Annual administration report of the Civil Veterinary Department of India - 1893-1894
Year: 1893
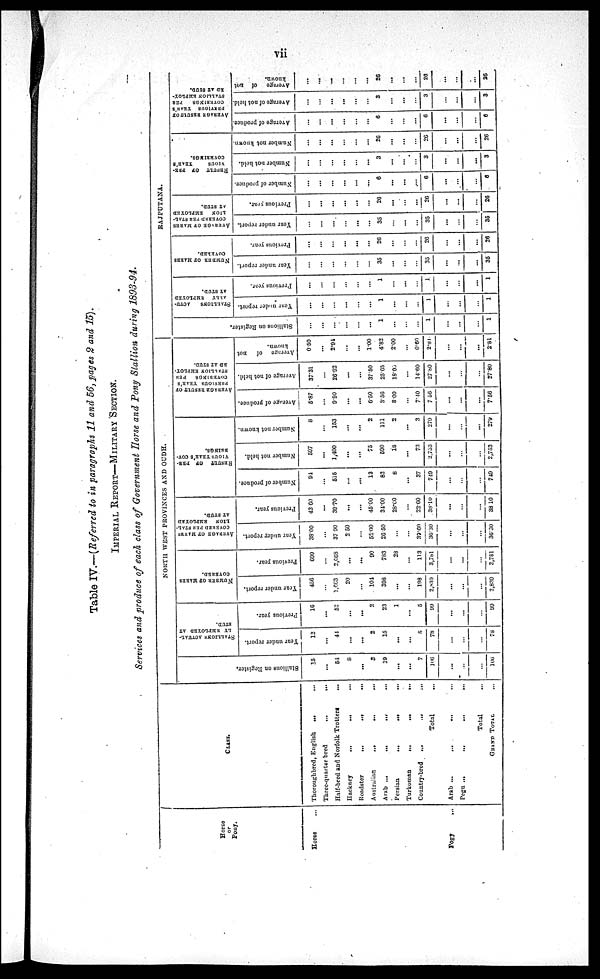
vii
Table IV.—(Referred to in paragraphs 11 and 56, pages 2 and 15).
IMPERIAL REPORT—MILITARY SECTION.
Services and produce of each class of Government Horse and Pony Stallion during 1893-94.
Horse
or
Pony.
Horse ...
Pogy ...
CLASS.
Thoroughbred, English
...
...
Three-quarter bred
...
...
Half-bred and Norfolk Trotters ...
Hackney
...
...
...
Roadster
...
...
...
Australian
...
...
. .
Arab ...
...
...
...
Persian
...
...
...
Turkoman
...
...
...
Country-bred
...
...
...
Total ...
Arab ...
...
... ...
Pegu ...
...
...
...
Total
GRAND TOTAL
NORTH WEST PROVINCES AND OUDH.
Stallions on Registers.
15
...
54
8
...
5
19
...
...
7
106
...
...
...
106
STALLION
ACTUAL-
LY EMPLOYED AT
STUD.
Year under report.
12
...
44
...
...
2
15
...
...
5
78
...
...
...
78
Previous year.
16
...
52
...
...
2
23
1
...
5
99
...
...
...
99
NUMBER OF MAKES
COVERED.
Year under report.
456
...
1,663
20
...
101
398
...
...
198
2,839
...
...
...
2,839
Previous year.
699
...
2,068
...
...
90
783
28
...
113
3,781
...
...
...
3,781
AVERAGE OF MARKS
COVERED PER STAL-
LION
EMPLOYED
AT STUD.
Year under report.
38.00
...
37 90
2.50
...
52.00
26.50
...
...
33.60
36.30
...
...
...
36.30
Previous year.
43.60
...
39.70
...
...
45.00
34.00
28.60
...
22.60
33.10
...
...
...
38.10
RESULT OF PRE
VIOUS YEAR'S COV-
ERINGS.
Number of produce.
94
...
515
...
...
13
82
8
...
37
749
...
...
...
749
Number not held.
597
...
1,400
...
...
75
590
18
...
73
2,753
...
...
...
2,753
Number not known.
8
...
153
...
...
2
111
2
...
3
279
...
...
...
279
AVERAGE RESULT OF
PREVIOUS YEAR'S
COVERINGS PER
STALLION EMPLOY-
ED AT STUD.
Average of produce.
5.87
...
9.90
...
...
6.50
3.56
8.00
...
7.40
7.56
...
...
...
7.56
Average of not held.
37.31
...
26.92
...
...
37.50
25.65
18.00
...
14.60
27.80
...
...
...
27.80
Average of not
known.
0.50
...
2.94
...
...
1.00
4.82
2.00
...
0.60
2.81
...
...
...
2.81
RAJPUTANA.
Stallions on Register.
...
...
...
...
...
...
1
...
...
...
1
...
...
...
1
STALLIONS
ACTU-
----
EMPLOYED
AT STUD.
Year under report.
...
...
...
...
...
...
1
...
...
...
1
...
...
...
1
Previous year.
...
...
...
...
...
...
1
...
...
...
1
...
...
...
1
NUMBER
OF MARES
COVERED.
Year under report.
...
...
...
...
...
...
35
...
...
...
35
...
...
...
35
Previous year.
...
...
...
...
...
...
26
...
...
...
26
...
...
...
26
AVERAGE OF MARES
COVERED PER STAL-
----
EMPLOYED
AT STUD.
Year under report.
...
...
...
...
...
...
35
...
...
...
35
...
...
...
35
Previous year.
...
...
...
...
...
...
26
...
...
...
26
...
...
...
26
RESULT
OF PRE-
VIOUS
YEAR'S
COVERINGS.
Number of produce.
...
...
...
...
...
...
6
...
...
...
6
...
...
...
6
Number not held.
...
...
...
...
...
...
3
...
...
...
3
...
...
...
3
Number not known.
...
...
...
...
...
26
...
...
...
26
...
...
...
26
AVERAGE RESULT OF
PREVIOUS YEAR'S
COVERINGS PER
STALLION EMPLOY-
ED AT STUD.
Average of produce.
...
...
...
...
...
...
6
...
...
...
6
...
...
...
6
Average of not held.
...
...
...
...
...
...
3
...
...
...
3
...
...
...
3
Average of not
known.
...
...
...
...
...
...
26
...
...
...
26
...
...
...
26